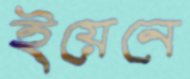
ইয়েনে